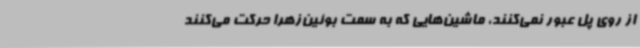
از روی پل عبور نمی‌کنند، ماشین‌هایی که به سمت بوئین‌زهرا حرکت می‌کنند